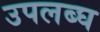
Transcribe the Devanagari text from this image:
उपलब्‍घ